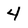
Character: 4